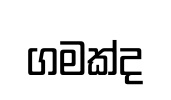
ගමක්ද